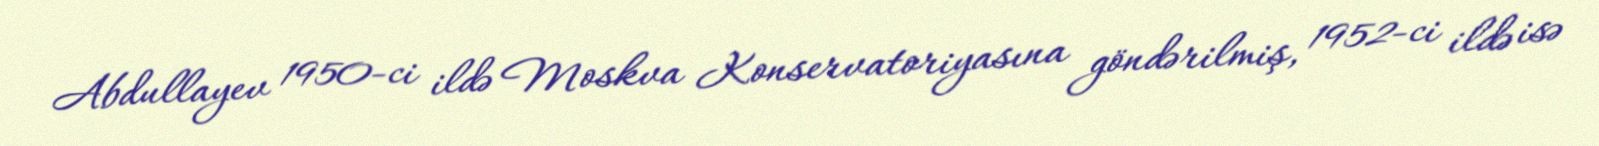
Abdullayev 1950-ci ildə Moskva Konservatoriyasına göndərilmiş, 1952-ci ildə isə